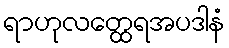
ရာဟုလတ္ထေရအပဒါနံ